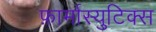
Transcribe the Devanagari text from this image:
फ़ार्मास्युटिक्स